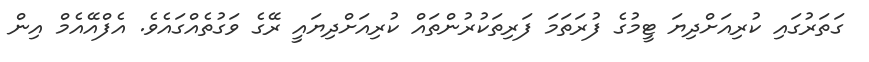
ގަތަރުގައި ކުރިއަށްދިޔަ ޓީމުގެ ފުރަތަމަ ފަރިތަކުރުންތައް ކުރިއަށްދިޔައީ ރޭގެ ވަގުތެއްގައެވެ. އެފްއޭއެމް އިން